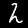
Label: 2